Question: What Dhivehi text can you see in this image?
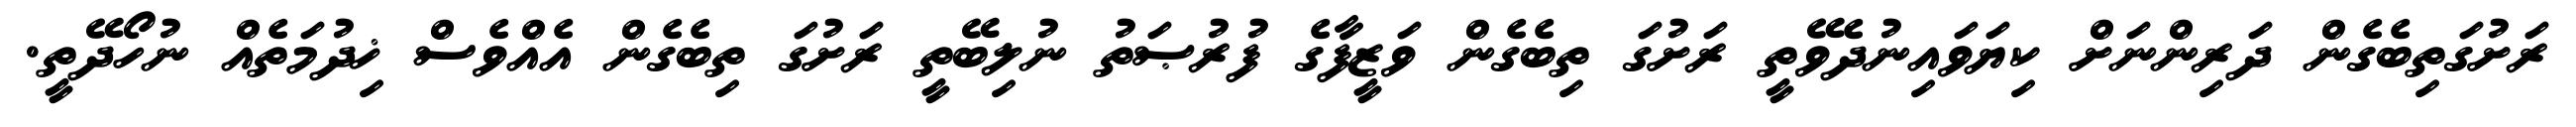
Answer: ރަށުގަތިބެގެން ދަރިންނަށް ކިޔަވައިނުދެވޭތީ ރަށުގަ ތިބެގެން ވަޒީފާގެ ފުރުޞަތު ނުލިބޭތީ ރަށުގަ ތިބެގެން އެއްވެސް ޚިދުމަތެއް ނުހޯދޭތީ.